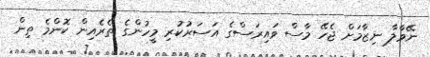
ނޭވާލާ ނިޒާމަށް ޖެހޭ މާސް ވައިރަސްގެ އަސަރުކުރި މީހުންގެ ތެރެއިން ކޮންމެ ތިން